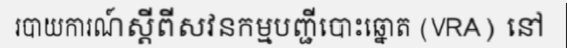
របាយការណ៍ស្តីពីសវនកម្មបញ្ជីបោះឆ្នោត (VRA) នៅ